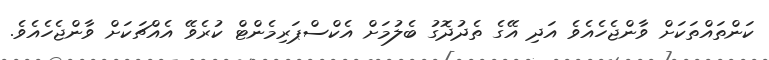
ކަންތައްތަކަށް ވާންޖެހެއެވެ އަދި އޭގެ ތެދުދޮގު ބެލުމަށް އެކްސްޕަރިމެންޓް ކުރެވޭ އެއްޗަކަށް ވާންޖެހެއެވެ.